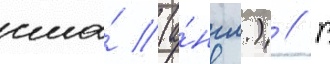
сша́ (а́нгл.) // В